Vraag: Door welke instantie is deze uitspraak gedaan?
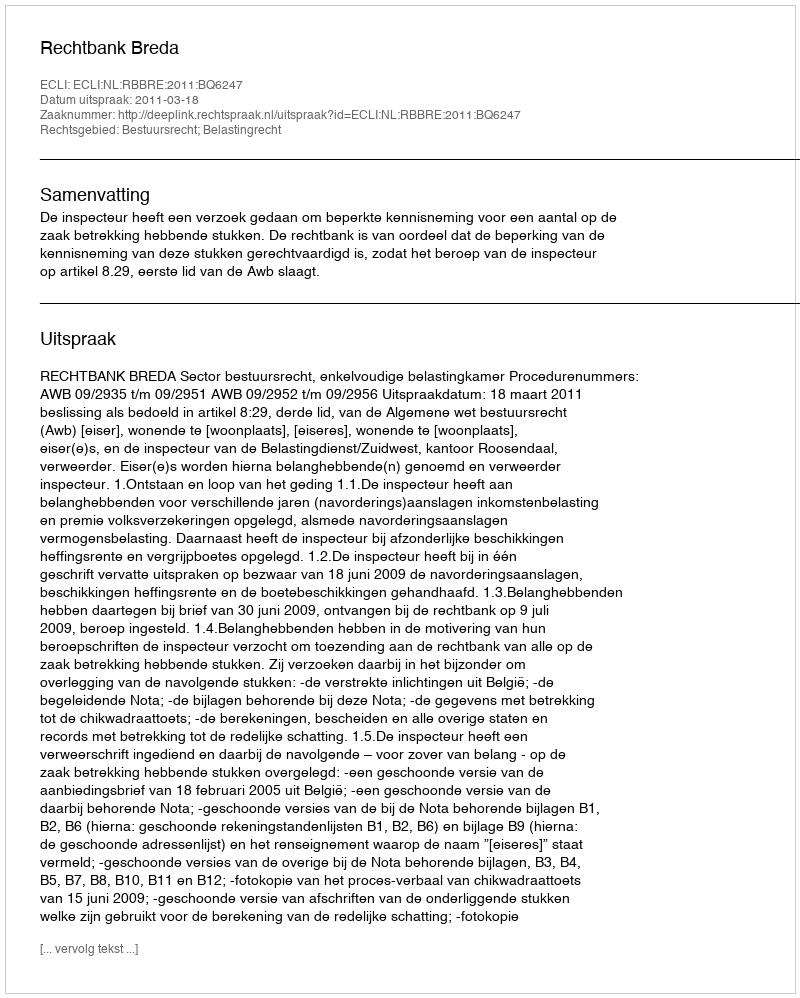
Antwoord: Rechtbank Breda